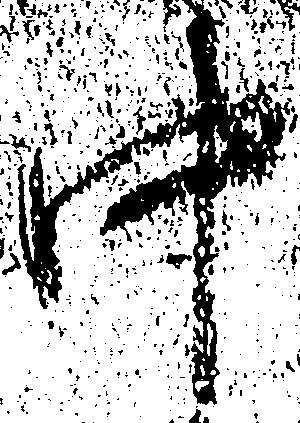
中